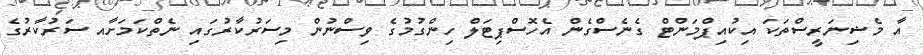
އާ މެޝިނަރީސްތަކަ އިކުއިޕްމަންޓް ގެނެސްގެން އެހޮސްޕިޓަލް ހިންގުމުގެ ވިސްނުން މިސަރުކާރުގައި ނެތްކަމަށާއ ސަރުކާރުގެ